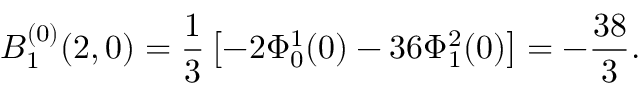
B _ { 1 } ^ { ( 0 ) } ( 2 , 0 ) = \frac { 1 } { 3 } \left[ - 2 \Phi _ { 0 } ^ { 1 } ( 0 ) - 3 6 \Phi _ { 1 } ^ { 2 } ( 0 ) \right] = - \frac { 3 8 } { 3 } .